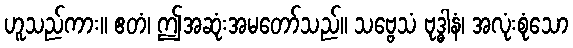
ဟူသည်ကား။ ဧတံ၊ ဤအဆုံးအမတော်သည်။ သဗ္ဗေသံ ဗုဒ္ဓါနံ၊ အလုံးစုံသော